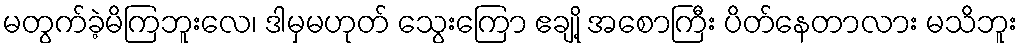
မတွက်ခဲ့မိကြဘူးလေ၊ ဒါမှမဟုတ် သွေးကြော ဧချို့ အစောကြီး ပိတ်နေတာလား မသိဘူး